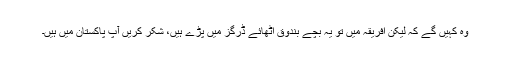
وہ کہیں گے کہ لیکن افریقہ میں تو یہ بچے بندوق اٹھائے ڈرگز میں پڑے ہیں، شکر کریں آپ پاکستان میں ہیں۔